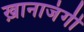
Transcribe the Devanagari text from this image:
ख़ानाजंगी